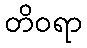
တိဝရာ